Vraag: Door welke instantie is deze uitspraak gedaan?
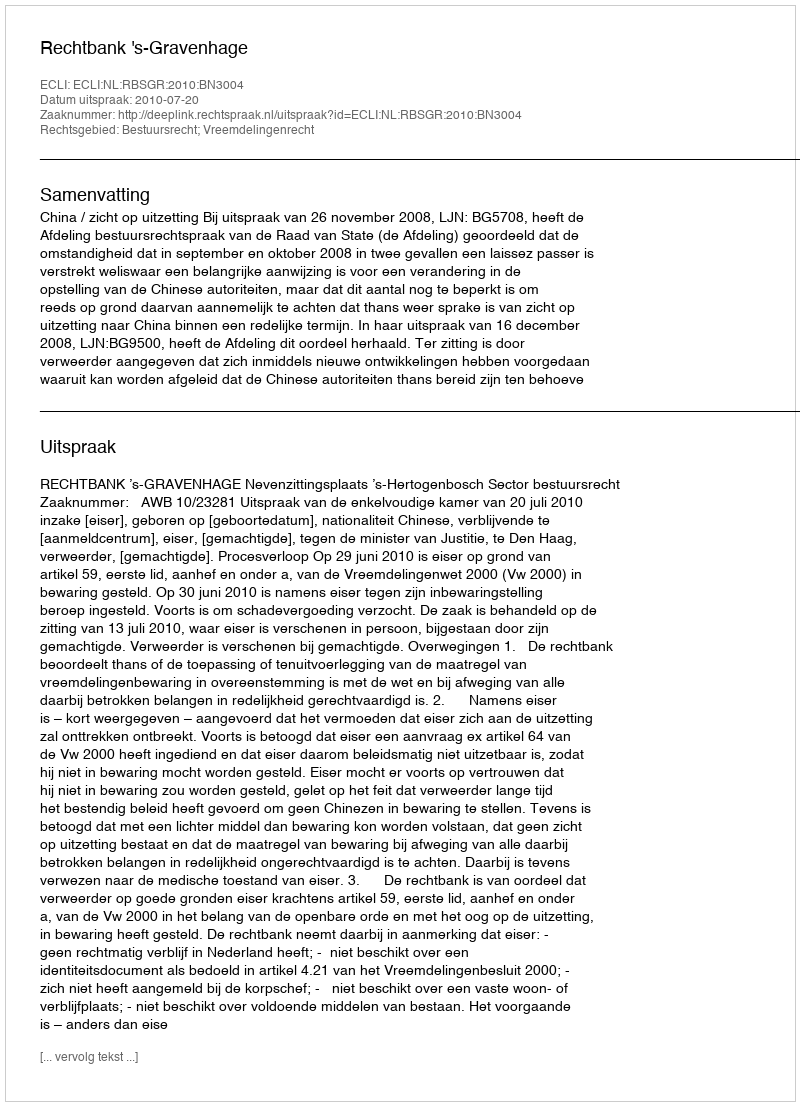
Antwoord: Rechtbank 's-Gravenhage